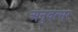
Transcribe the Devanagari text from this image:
अनुवत्सर